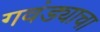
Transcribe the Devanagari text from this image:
गवंड्याचा